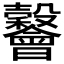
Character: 𣫪